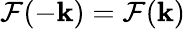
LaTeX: \mathcal{F}(-\mathbf{k})=\mathcal{F}(\mathbf{k})